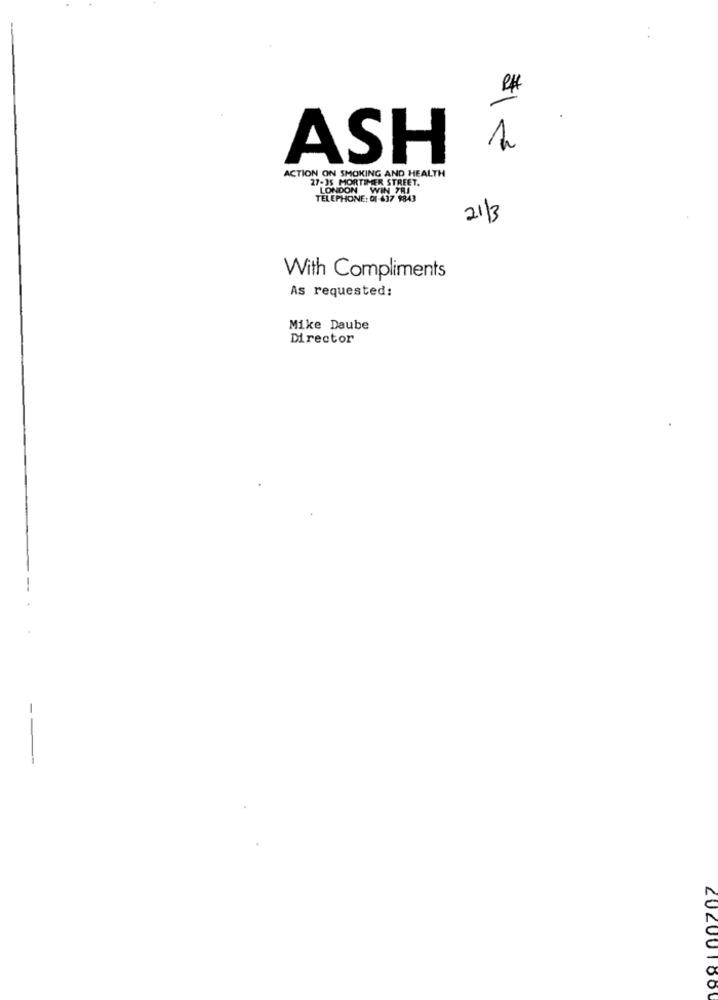
R$
ASH
ACTION ON SMOKING AND HEALTH
27-35 MORTIMER STREET.
LONDON WIN
TELEPHONE: 01 637 9843
21/3
With Compliments
As requested:
Mike Daube
Director
202001800